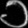
Digit: ၁